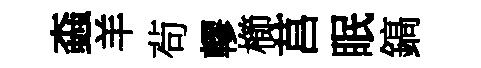
螙羊茍轇櫛莒眠鎬